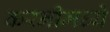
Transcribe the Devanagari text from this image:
करनीमध्ये